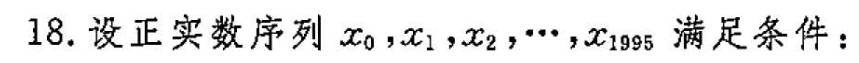
18.设正实数序列x_{0}，x_{1}，x_{2}，…，x_{1995}满足条件：